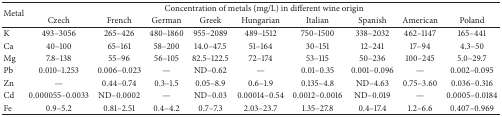
<table><thead><tr><td rowspan="2"><b>Metal</b></td><td colspan="9"><b>Concentration of metals (mg/L) in different wine origin</b></td></tr><tr><td><b>Czech </b></td><td><b>French</b></td><td><b>German</b></td><td><b>Greek</b></td><td><b>Hungarian</b></td><td><b>Italian</b></td><td><b>Spanish</b></td><td><b>American</b></td><td><b>Poland</b></td></tr></thead><tbody><tr><td>K</td><td>493–3056</td><td>265–426</td><td>480–1860</td><td>955–2089</td><td>489–1512</td><td>750–1500</td><td>338–2032</td><td>462–1147</td><td>165–441</td></tr><tr><td>Ca</td><td>40–100</td><td>65–161</td><td>58–200</td><td>14.0–47.5</td><td>51–164</td><td>30–151</td><td>12–241</td><td>17–94</td><td>4.3–50</td></tr><tr><td>Mg</td><td>7.8–138</td><td>55–96</td><td>56–105</td><td>82.5–122.5</td><td>72–174</td><td>53–115</td><td>50–236</td><td>100–245</td><td>5.0–29.7</td></tr><tr><td>Pb</td><td>0.010–1.253</td><td>0.006–0.023</td><td>—</td><td>ND–0.62</td><td>—</td><td>0.01–0.35</td><td>0.001–0.096</td><td>—</td><td>0.002–0.095</td></tr><tr><td>Zn</td><td>—</td><td>0.44–0.74</td><td>0.3–1.5</td><td>0.05–8.9</td><td>0.6–1.9</td><td>0.135–4.8</td><td>ND–4.63</td><td>0.75–3.60</td><td>0.036–0.316</td></tr><tr><td>Cd</td><td>0.000055–0.0033</td><td>ND–0.0002</td><td>—</td><td>ND–0.03</td><td>0.00014–0.54</td><td>0.0012–0.0016</td><td>ND–0.019</td><td>—</td><td>0.0005–0.0184</td></tr><tr><td>Fe</td><td>0.9–5.2</td><td>0.81–2.51</td><td>0.4–4.2</td><td>0.7–7.3</td><td>2.03–23.7</td><td>1.35–27.8</td><td>0.4–17.4</td><td>1.2–6.6</td><td>0.407–0.969</td></tr></tbody></table>